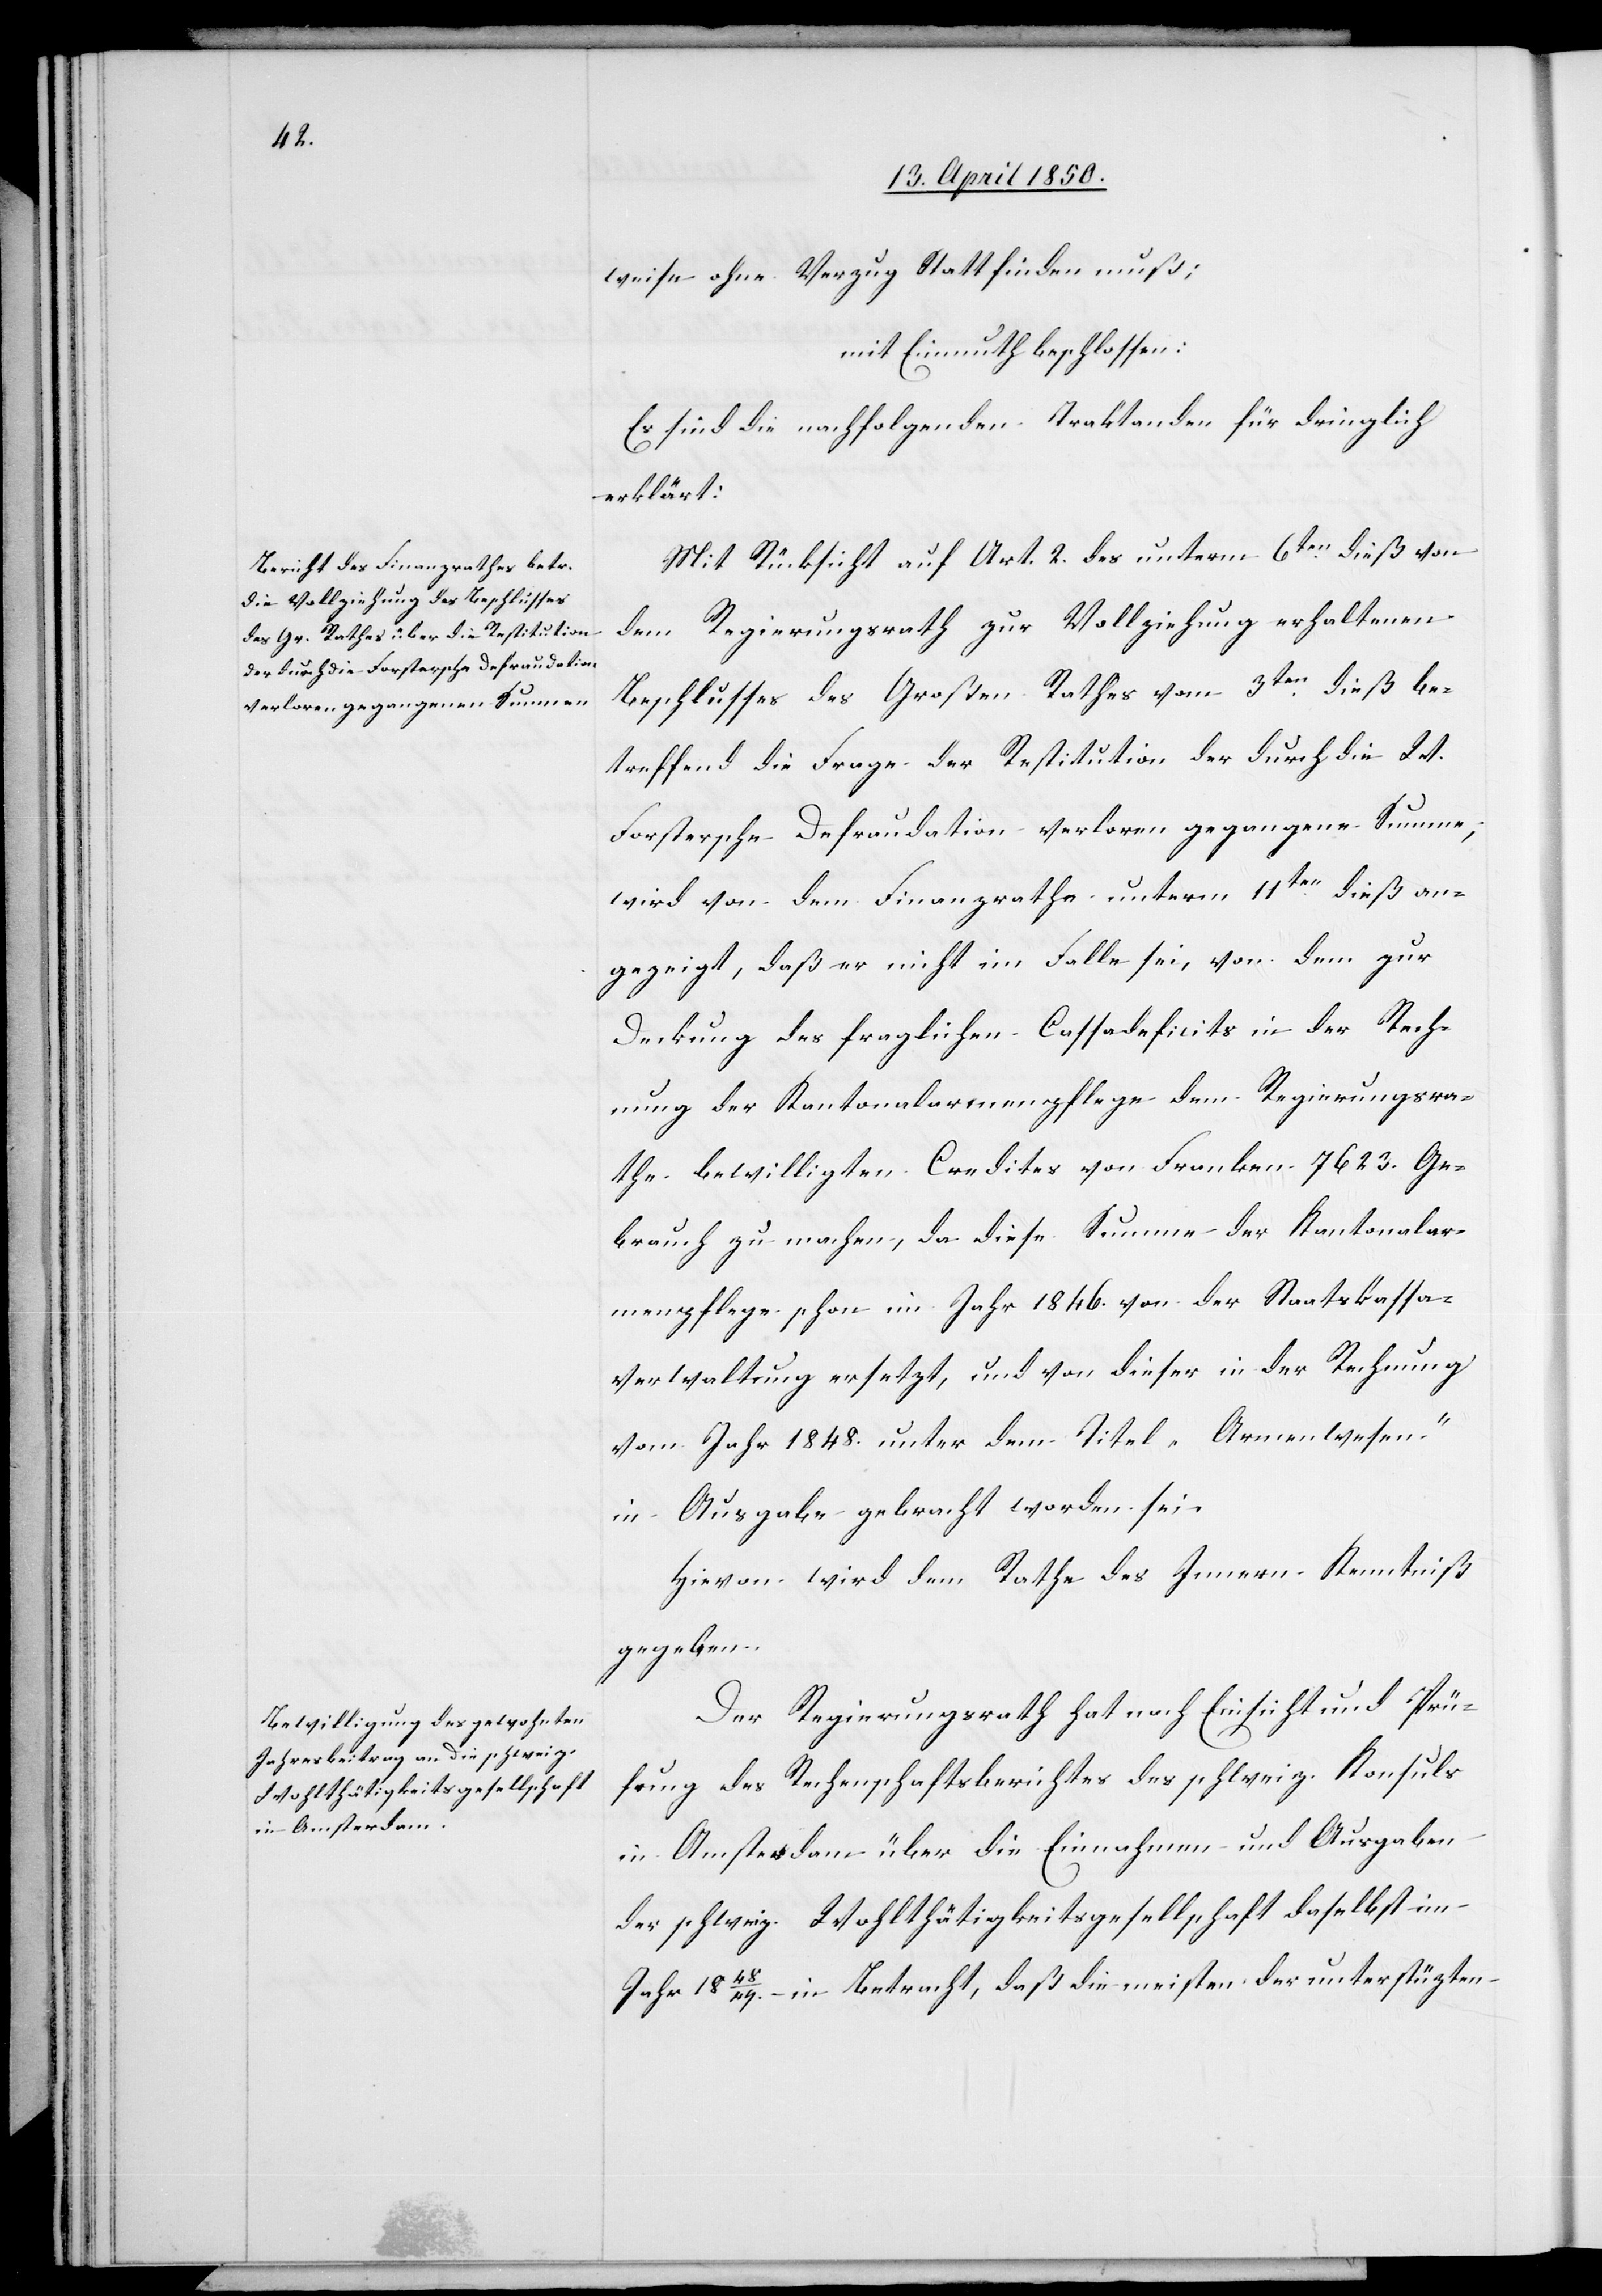
weise ohne Verzug Statt finden muß:
mit Einmuth beschlossen:
Es sind die nachfolgenden Traktanden für dringlich
erklärt:
Mit Rücksicht auf Art. 2. des unterm 6ten dieß von
dem Regierungsrath zur Vollziehung erhaltenen
Beschlusses des Großen Rathes vom 3ten dieß be¬
treffend die Frage der Restitution der durch die W.
Forstersche Defraudation verloren gegangene Summe,
wird von dem Finanzrathe unterm 11ten dieß an¬
gezeigt, daß er nicht im Falle sei, von dem zur
Deckung des fraglichen Cassadeficits in der Rech¬
nung der Kantonalarmenpflege dem Regierungsra¬
the bewilligten Credites von Franken 7623. Ge¬
brauch zu machen, da diese Summe der Kantonalar¬
menpflege schon im Jahr 1846. von der Staatskassa¬
verwaltung ersetzt, und von dieser in der Rechnung
vom Jahr 1848. unter dem Titel „Armenwesen“
in Ausgabe gebracht worden sei.
Hievon wird dem Rathe des Innern Kenntniß
gegeben.
Der Regierungsrath hat nach Einsicht und Prü¬
fung des Rechenschaftsberichtes des schweiz. Konsuls
in Amsterdam über die Einnahmen und Ausgaben
der schweiz. Wohlthätigkeitsgesellschaft daselbst im
Jahr 1848/49. in Betracht, daß die meisten der unterstützten